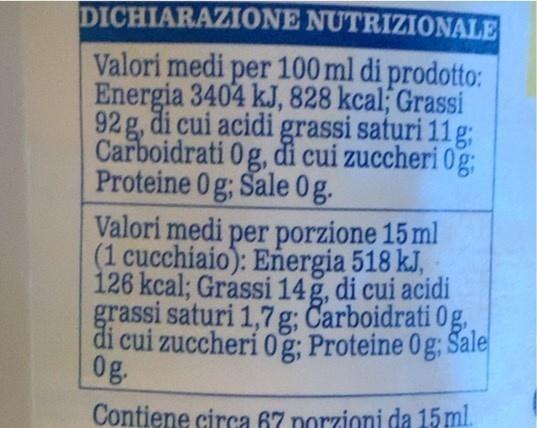
DICHIARAZIONE NUTRIZIONALE
Valori medi per 100 ml di prodotto: Energia 3404 kJ, 828 kcal; Grassi 92 g, di cui acidi grassi saturi 11 g; Carboidrati 0g, đi cui zuccheri 0g Proteine 0g; Sale 0g.
Valori medi per porzione 15 ml (1 cucchiaio): Energia 518 kJ, 126 kcal; Grássi 14g, di cui acidi grassi saturi 1,7 g; Carboidrati 0g. di cui zuccheri 0g; Proteine 0g; Sale 0g.
Contiene circa 67 norzioni da 15 ml.